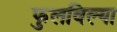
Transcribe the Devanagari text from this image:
फुलविल्या